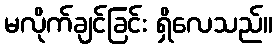
မလိုက်ချင်ခြင်း ရှိလေသည်။